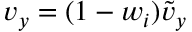
v _ { y } = ( 1 - w _ { i } ) \tilde { v } _ { y }